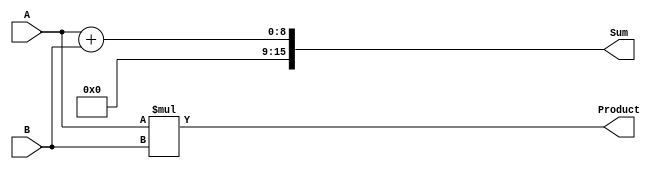
module ArithmeticUnit (
    input wire [7:0] A,       // 8-bit input A
    input wire [7:0] B,       // 8-bit input B
    output reg [15:0] Sum,    // 16-bit output for Sum
    output reg [15:0] Product  // 16-bit output for Product
);

// Always block sensitive to changes in A or B
always @(A or B) begin
    Sum <= A + B;            // Non-blocking assignment for Sum
    Product <= A * B;       // Non-blocking assignment for Product
end

endmodule